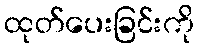
ထုတ်ပေးခြင်းကို